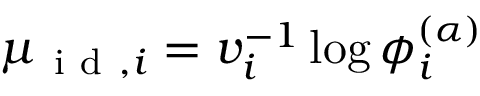
\mu _ { \mathrm { ~ i ~ d ~ } , i } = v _ { i } ^ { - 1 } \log \phi _ { i } ^ { ( \alpha ) }